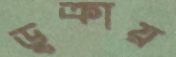
ডুক্‌রায়